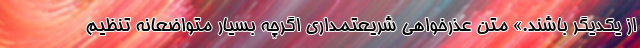
از یکدیگر باشند.» متن عذرخواهی شریعتمداری اگرچه بسیار متواضعانه‌ تنظیم